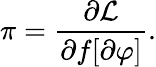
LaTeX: \pi=\frac{\partial{\cal L}}{\partial f[\partial\varphi]}.